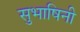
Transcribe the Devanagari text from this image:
सुभाषिनी